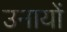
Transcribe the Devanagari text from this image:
उनायों